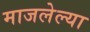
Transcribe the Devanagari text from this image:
माजलेल्या